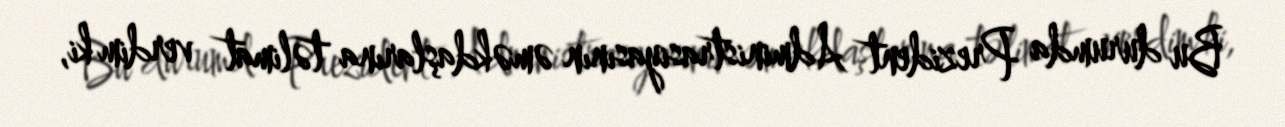
Bu durumda Prezident Administrasiyasının əməkdaşlarına təlimat verdim ki,